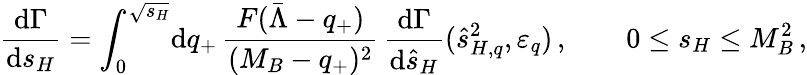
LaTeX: \frac{\mathrm{d}\Gamma}{\mathrm{d}s_{H}}=\int_{0}^{\sqrt{s_{H}}}\! \mathrm{d}q_{+}\, \frac{F(\bar{\Lambda}-q_{+})}{(M_{B}-q_{+})^{2}}\, \frac{\mathrm{d}\Gamma}{\mathrm{d}\hat{s}_{H}}(\hat{s}_{H,q}^{2},\varepsilon_{q})\, ,\qquad 0\le s_{H}\le M_{B}^{2}\, ,